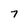
Character: 7